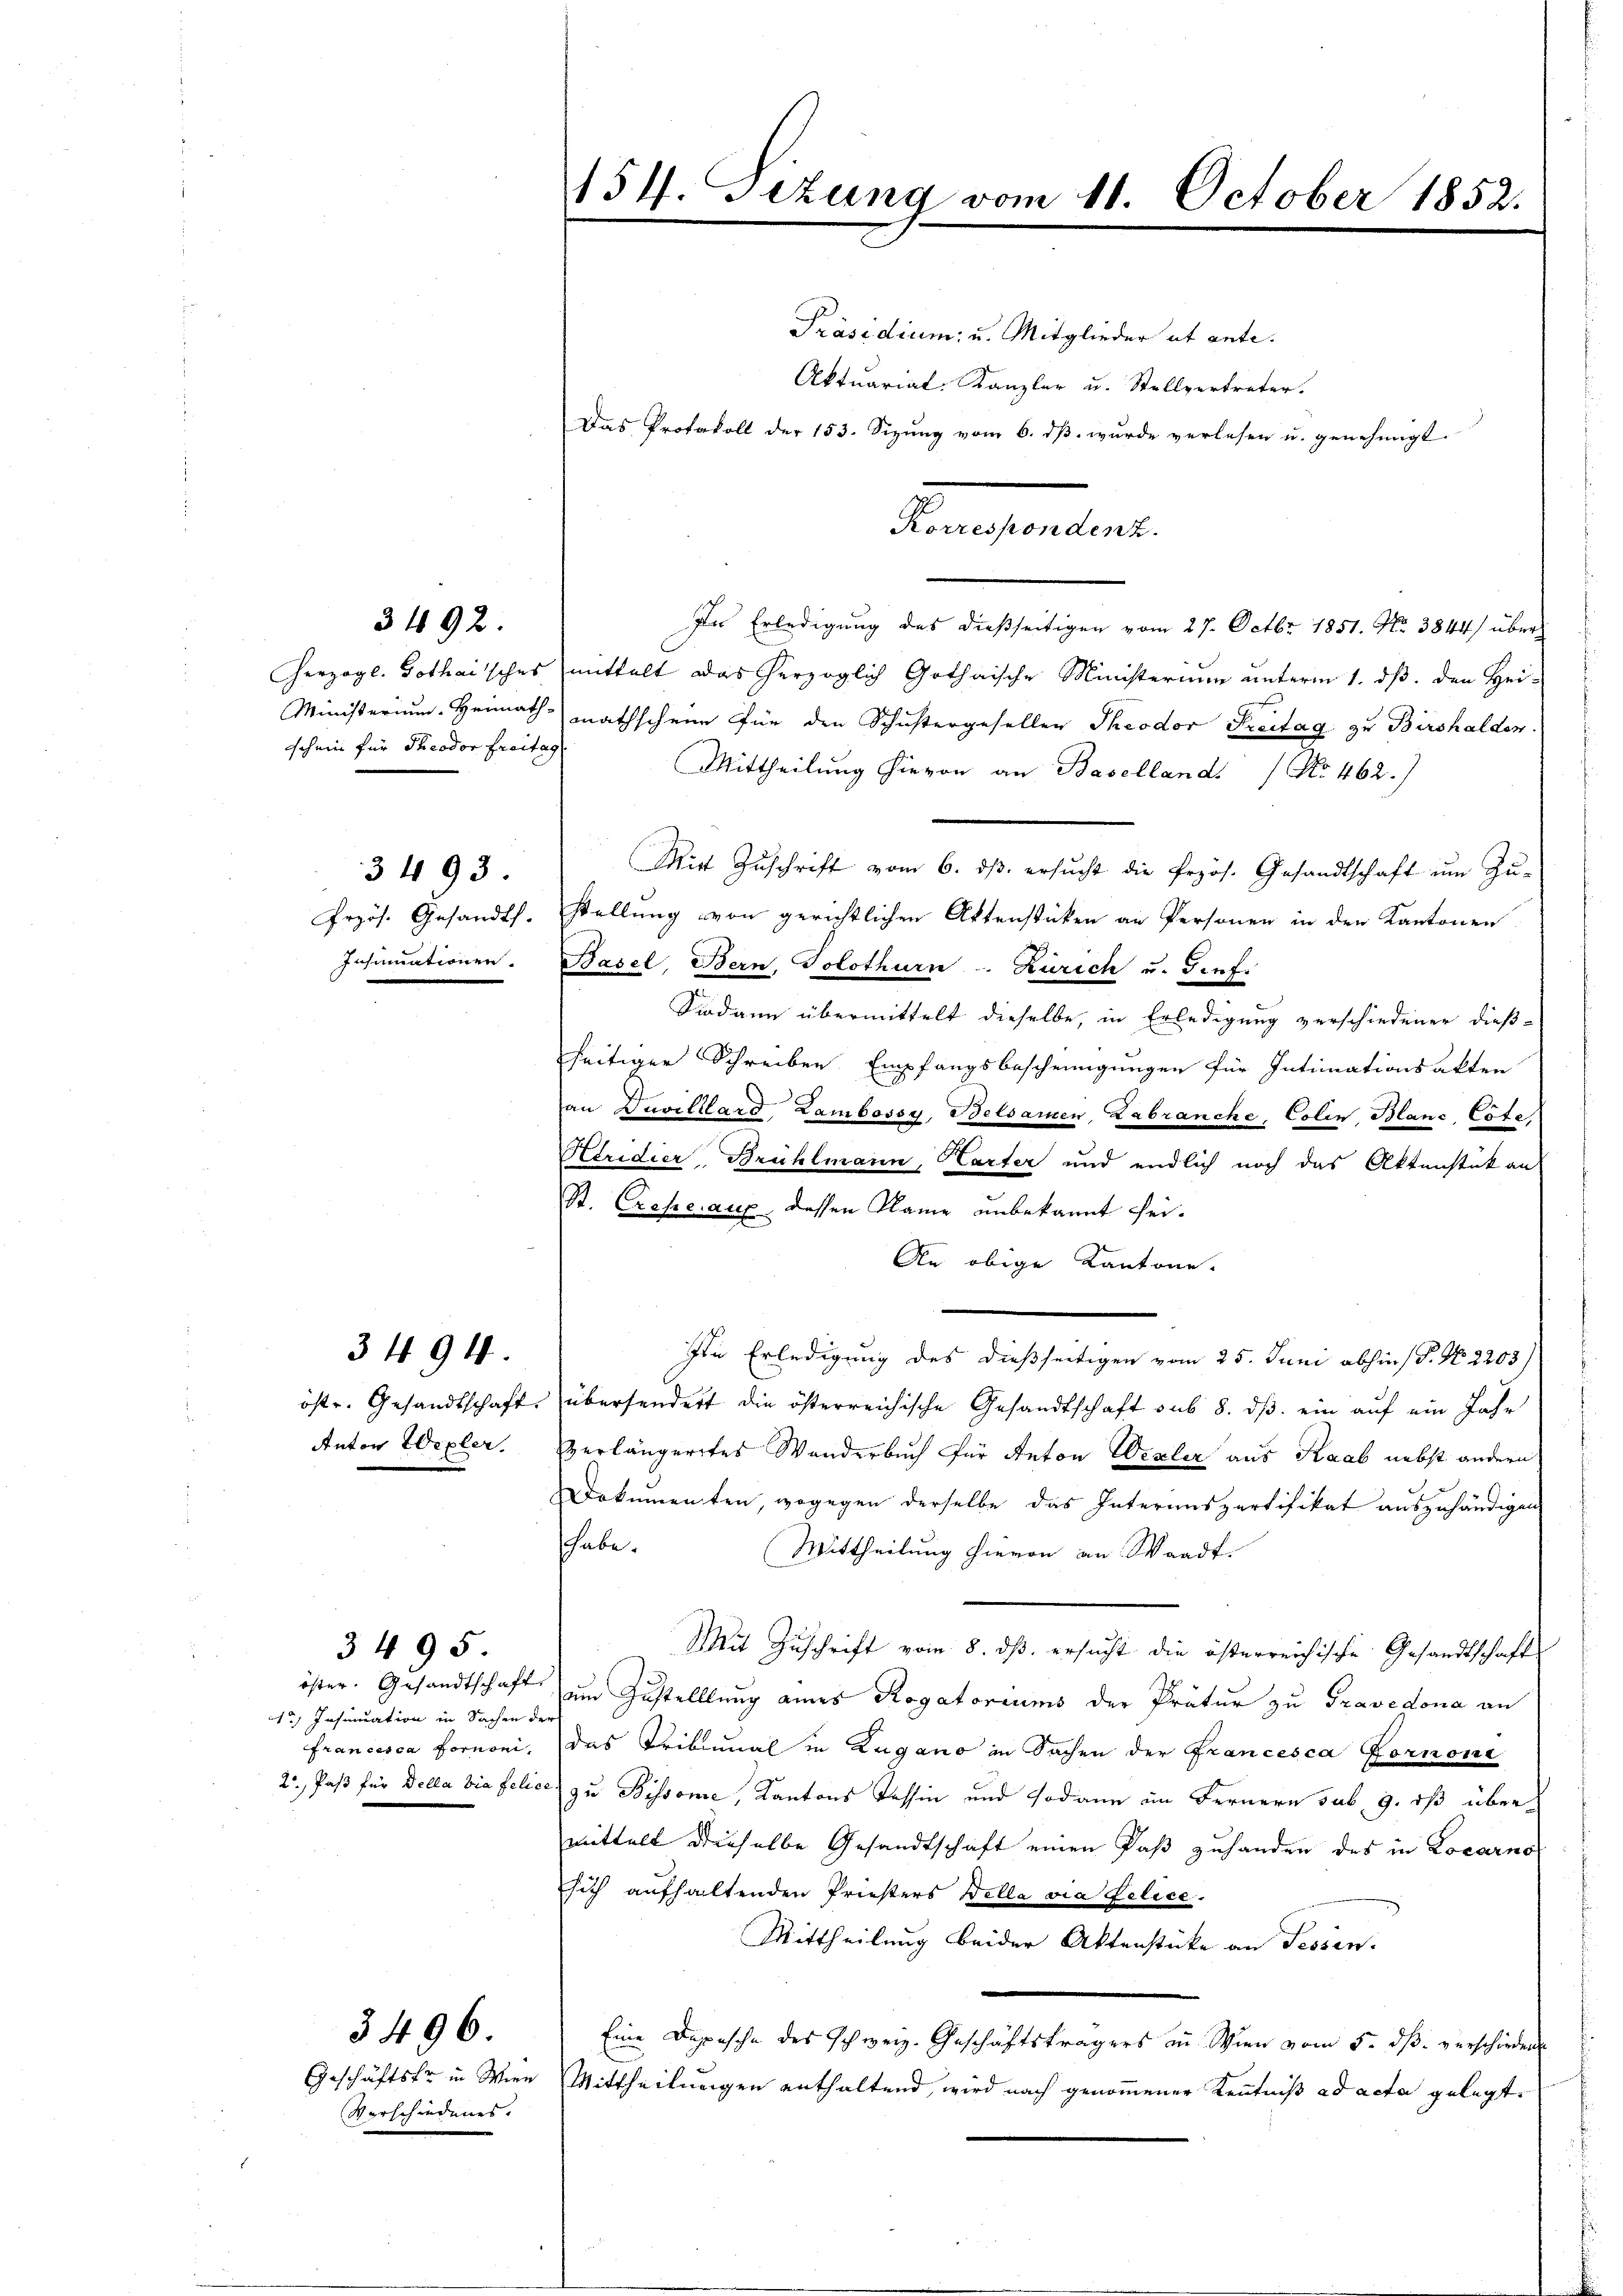
3492.

schein für Theodor Freitag

3493.

3494

1) Insinuation in Sachen der

3495

3496.

Verschiedenes.

der Erledigung des dießseitigen vom 27. Octbr. 1851. No. 3844/ über¬
Herzogl. Gothaisches mittelt das herzoglich Gothaische Ministerium unterm 1. dß. den Hei-
Ministerium. Heimath mathschein für den Schustergesellen Theodor Freitag zu Birshalden
Mittheilung hievon an Baselland. / No 462.)
Mit Zŭschrift vom 6. dβ. ersŭcht die frzös. Gesandtschaft ŭm Zŭ-
frzös. Gesandts. stellŭng von gerichtlichen Aktenstücken an Personen in den Kantonen
Insinuationen. Basel, Bern, Solothurn. Zürich u. Genf.
Sodann übermittelt dieselbe, in Erledigung verschiedener dießseitiger Schreiben Empfangsbescheinigungen für Intimationsakten
an Zuvillard Zambossy, Belsamen, Labranche, Colin Blanc, Cote,
Heridier, Brühlmann, Karter und endlich noch das Aktenstük an
St. Crcheraux, dessen Name unbekannt sei¬
An obige Kantone.
In Erledigung des dießseitigen vom 25. Juni abhin P. Nr. 2203)
öste. Gesandtschaft, übersendert die österreichische Gesandtschaft sub 8. dβ ein auf ein Jahr
Anton Wegler. Verlängeretes Wanderbuch für Anton Vexler aus Raab nebst andern
Dokumenten, wogegen derselbe das Interenspertifikat auszuhändigen
shabe.
Mittheilung hievon an Waadt.
Mit Zuschrift vom 8. dß ersucht die österreichische Gesandtschafts
öster. Gesandtschaft um Zustelllung eines Rogatoriums der Prätur zu Gravedona an
Francesca Fornoni, das Tribunal in Zugano in Sachen der Francesca Fornoni
2, Paß für Della bis felice zu Bissome, Kantons Tessin und sodann im Fernern sub 9. ds übermittelt dieselbe Gesandtschaft einen Paß zuhanden des in Locarno
sich aufhaltenden Priesters Wella via Felice.
Mittheilung beider Aktenstücke an Tessen.
Eine Depesche des Schweiz. Geschäftsträgers in Wien vom 5. dβ verschiedene
Geschäftsfr. in Wien Mittheilungen enthaltend, wird nach genommener Kenntniß ad acta gelegt.

151. Sitzung vom 11. October 1852

Präsidium u. Mitglieder et ante.
Aktuarial-Kanzler u. Stellvertreter.

Das Protokoll der 153. Sizŭng vom 6. dβ. wurde verlesen u. genehmigt.

Korrespondenz.